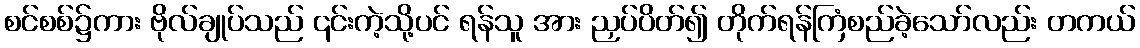
စင်စစ်၌ကား ဗိုလ်ချုပ်သည် ၎င်းကဲ့သို့ပင် ရန်သူ အား ညှပ်ပိတ်၍ တိုက်ရန်ကြံစည်ခဲ့သော်လည်း တကယ်